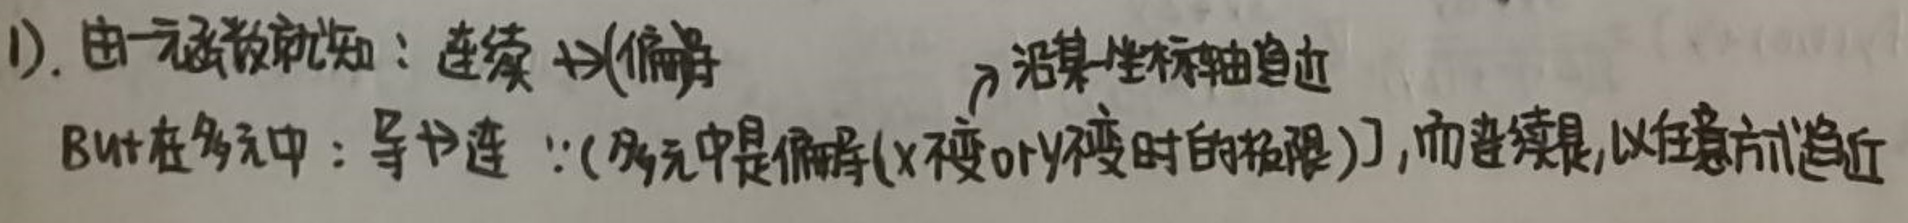
1). 由一元函数的知识：连续\(\nRightarrow\)（偏）导且沿某坐标轴自这

But在多元中：导\(\nRightarrow\)连：（多元中是偏导(\(x\)不变或\(y\)不变时的极限)），而连续是，以任意方向趋近